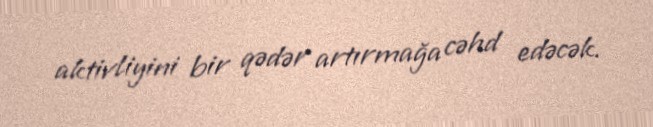
aktivliyini bir qədər artırmağa cəhd edəcək.